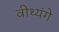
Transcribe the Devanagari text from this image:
वीथ्यंगे